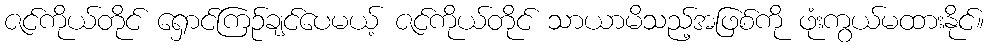
ဇင်ကိုယ်တိုင် ရှောင်ကြဉ်ချင်ပေမယ့် ဇင်ကိုယ်တိုင် သာယာမိသည့်အဖြစ်ကို ဖုံးကွယ်မထားနိုင်။